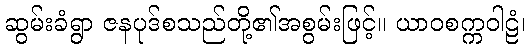
ဆွမ်းခံရွာ ဇနပုဒ်စသည်တို့၏အစွမ်းဖြင့်။ ယာဝစက္ကဝါဠံ၊